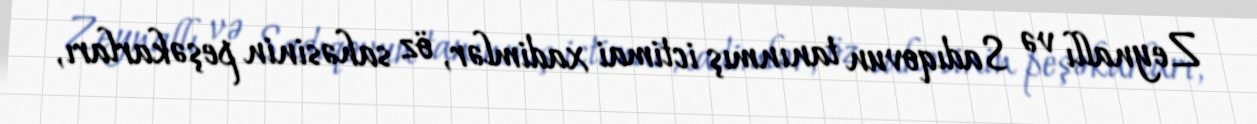
Zeynallı və Sadıqovun tanınmış ictimai xadimlər, öz sahəsinin peşəkarları,